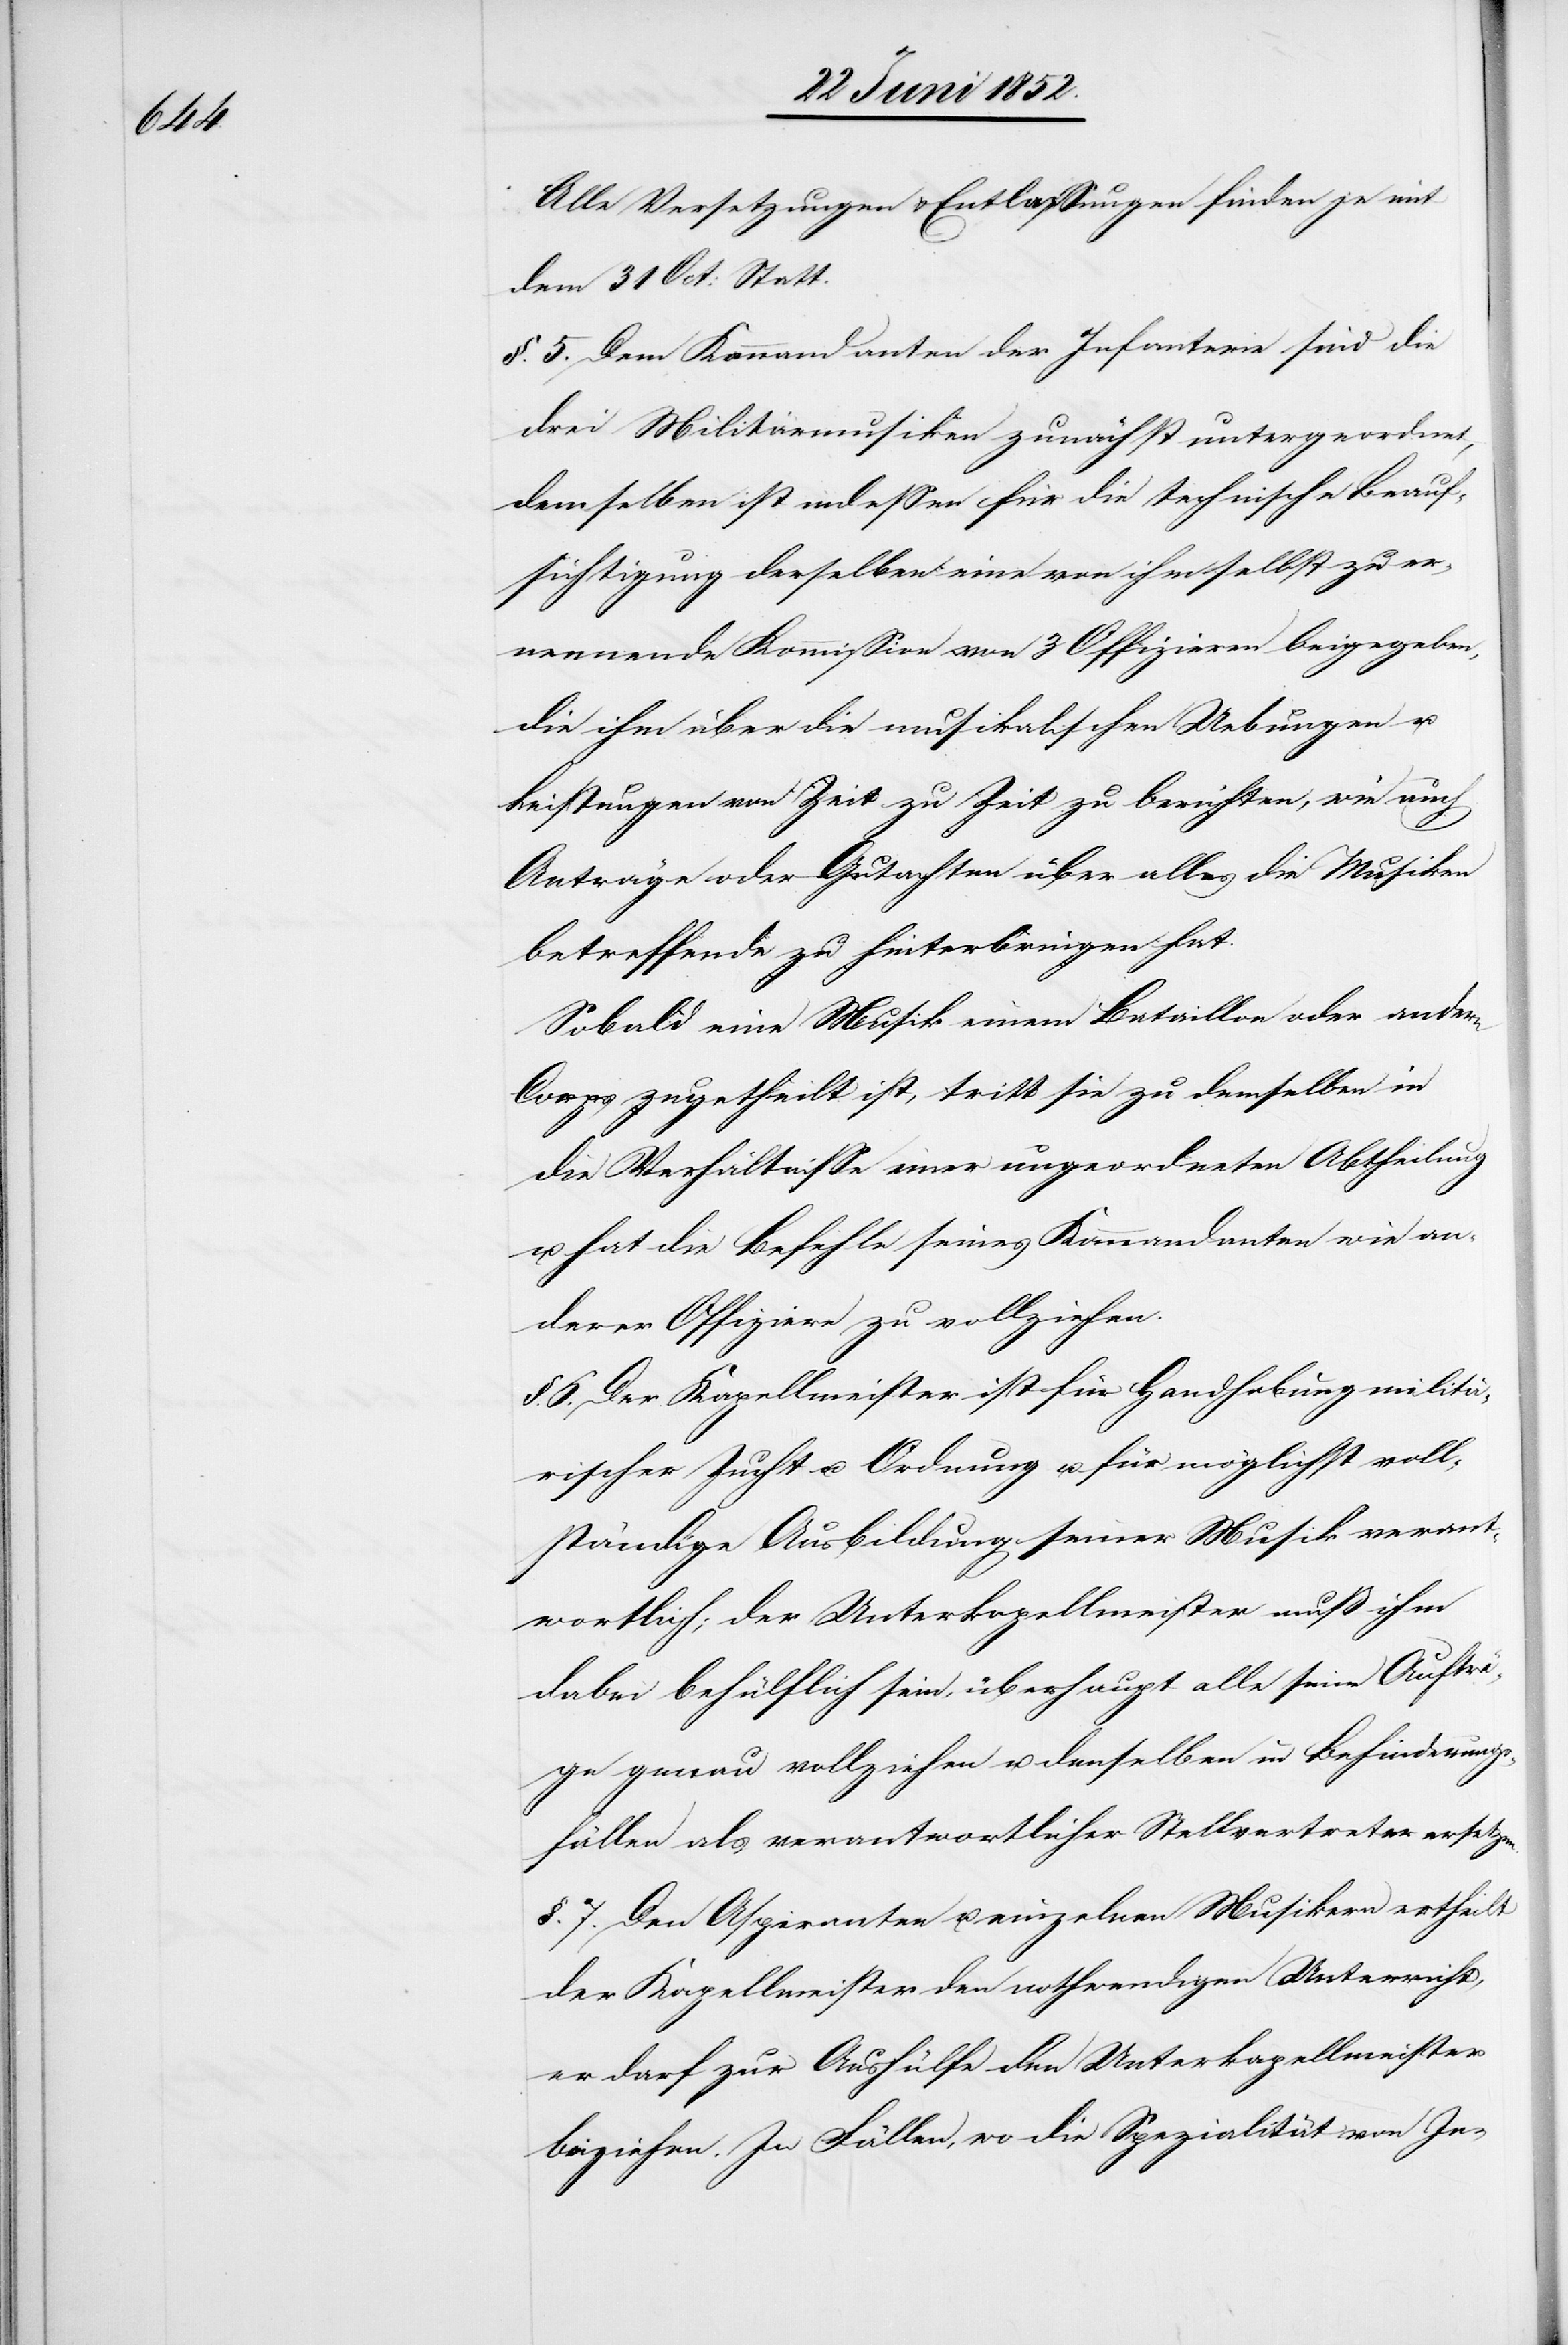
Alle Versetzungen & Entlassungen finden je mit
dem 31 Oct: Statt.
§. 5. Dem Kommandanten der Infanterie sind die
drei Militärmusiken zunächst untergeordnet,
demselben ist indessen für die technische Beauf¬
sichtigung derselben eine von ihm selbst zu er¬
nennende Kommission von 3 Offizieren beigegeben,
die ihm über die musikalischen Uebungen u.
Leistungen von Zeit zu Zeit zu berichten, wie auch
Anträge oder Gutachten über alles die Musiken
betreffende zu hinterbringen hat.
Sobald eine Musik einem Bataillon oder andern
Corps zugetheilt ist, tritt sie zu demselben in
die Verhältnisse einer un[ter]geordneten Abtheilung
u. hat die Befehle seines Kommandanten wie an¬
derer Offiziere zu vollziehen.
§. 6. Der Kapellmeister ist für Handhabung militä¬
rischer Zucht u. Ordnung u. für möglichst voll¬
ständige Ausbildung seiner Musik verant¬
wortlich; der Unterkapellmeister muß ihm
dabei behülflich sein, überhaupt alle seine Aufträ¬
ge genau vollziehen u. denselben in Behinderungs¬
fällen als verantwortlicher Stellvertreter ersetzen.
§. 7. Den Aspiranten u. einzelnen Musikern ertheilt
der Kapellmeister den nothwendigen Unterricht,
er darf zur Aushülfe den Unterkapellmeister
beiziehen. In Fällen, wo die Spezialität von In-